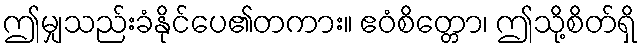
ဤမျှသည်းခံနိုင်ပေ၏တကား။ ဧဝံစိတ္တော၊ ဤသို့စိတ်ရှိ